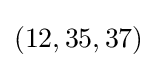
(12,35,37)